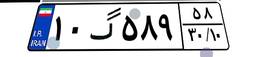
۱۰گ۵۸۹۵۸